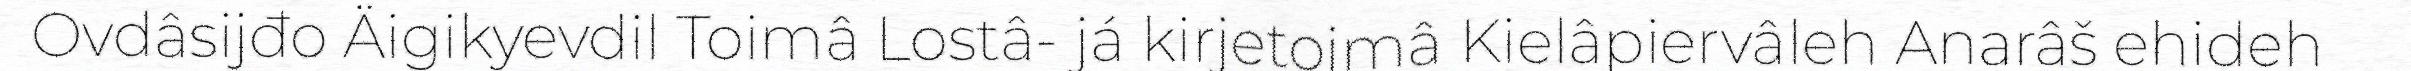
Ovdâsijđo Äigikyevdil Toimâ Lostâ- já kirjetoimâ Kielâpiervâleh Anarâš ehideh